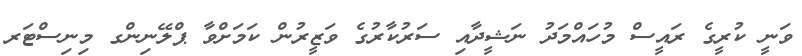
ވަނީ ކުރީގެ ރައީސް މުހައްމަދު ނަޝީދާއި ސަރުކާރުގެ ވަޒީރުން ކަމަށްވާ ޕްލޭނިންގ މިނިސްޓަރ